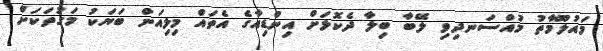
މައުލޫމާތު މުއްސަނދިވި ލޭބާ ބިލާ ދެކޮޅަށް އިންޑިއާގެ އެތައް މިލިއަން ބަޔަކު މަގުތަކަށް